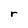
Character: r